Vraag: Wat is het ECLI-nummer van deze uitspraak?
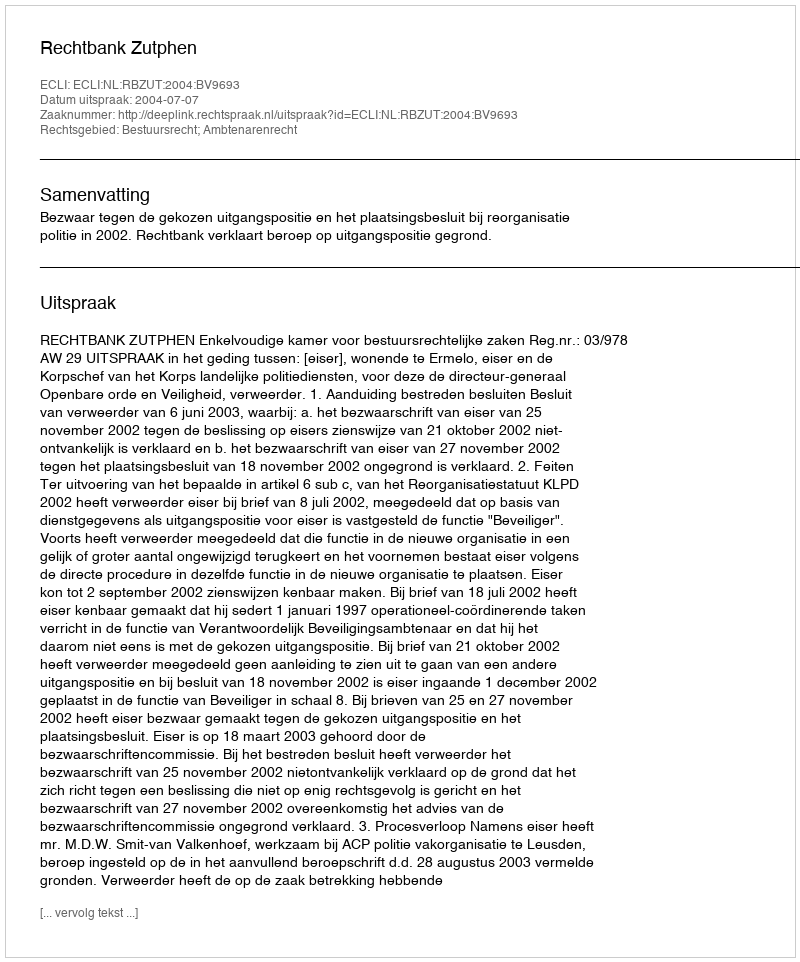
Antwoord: ECLI:NL:RBZUT:2004:BV9693